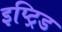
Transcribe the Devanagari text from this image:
इप्ट्रिड